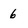
Character: 6